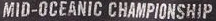
MID-OCEANIC CHAMPIONSRIP